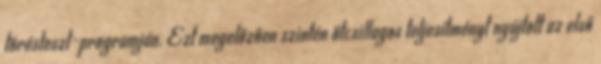
törésteszt-programján. Ezt megelőzően szintén ötcsillagos teljesítményt nyújtott az első